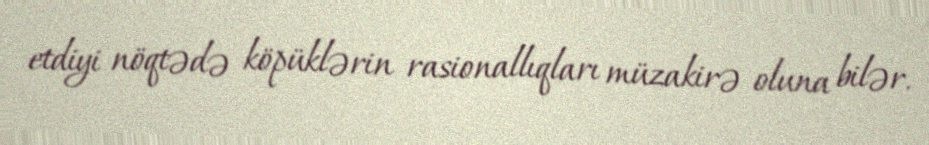
etdiyi nöqtədə köpüklərin rasionallıqları müzakirə oluna bilər.